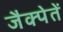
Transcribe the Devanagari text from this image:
जैक्पेतें